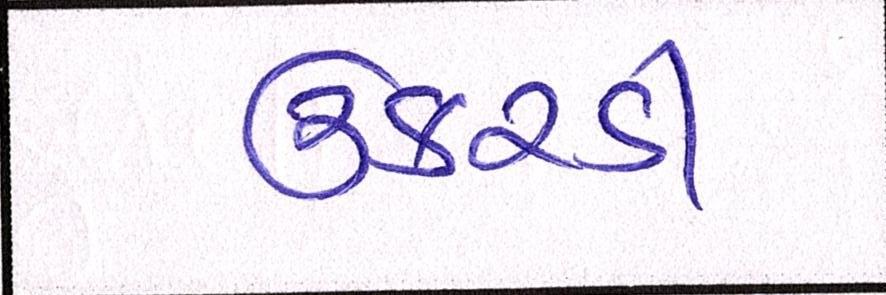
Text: ઉકરડી